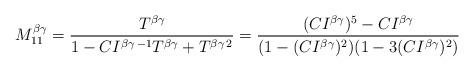
LaTeX: \begin{align*}M^{\beta\gamma}_{11}=\frac{T^{\beta\gamma}}{1-CI^{\beta\gamma\,-1}T^{\beta\gamma}+T^{\beta\gamma\,2}}=\frac{(CI^{\beta\gamma})^5-CI^{\beta\gamma}}{(1-(CI^{\beta\gamma})^{2})(1-3(CI^{\beta\gamma})^{2})}\end{align*}